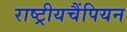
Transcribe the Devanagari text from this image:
राष्ट्रीयचैंपियन